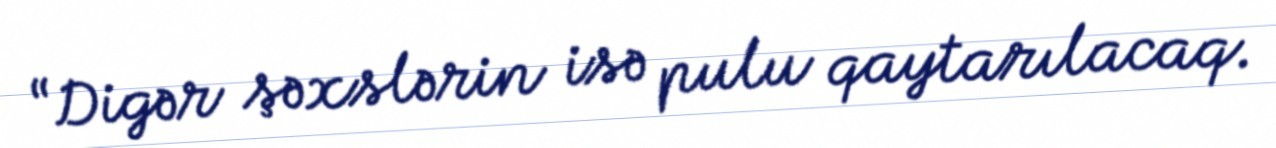
“Digər şəxslərin isə pulu qaytarılacaq.